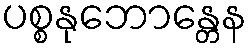
ပစ္စနုဘောန္တေန